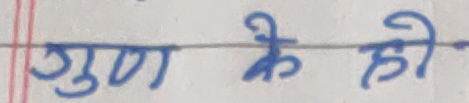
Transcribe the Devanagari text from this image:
गुण के ही